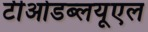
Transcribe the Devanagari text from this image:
टीओडब्लयूएल